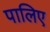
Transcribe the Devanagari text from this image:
पालिए